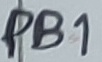
Text: PB1